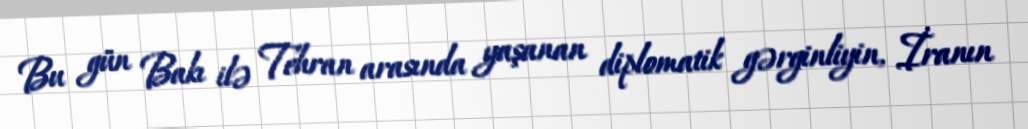
Bu gün Bakı ilə Tehran arasında yaşanan diplomatik gərginliyin, İranın